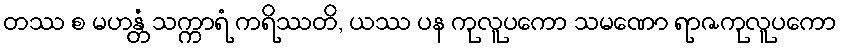
တဿ စ မဟန္တံ သက္ကာရံ ကရိဿတိ, ယဿ ပန ကုလူပကော သမဏော ရာဇကုလူပကော